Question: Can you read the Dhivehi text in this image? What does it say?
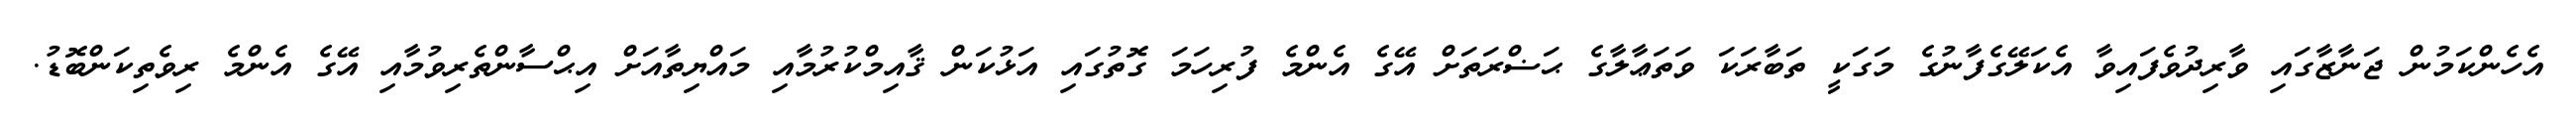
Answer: އެހެންކަމުން ޖަނާޒާގައި ވާރިދުވެފައިވާ އެކަލޭގެފާނުގެ މަގަކީ ތަބާރަކަ ވަތަޢާލާގެ ޙަޟްރަތަށް އޭގެ އެންމެ ފުރިހަމަ ގޮތުގައި އަޅުކަން ޤާއިމްކުރުމާއި މައްޔިތާއަށް އިޙްސާންތެރިވުމާއި އޭގެ އެންމެ ރިވެތިކަންބޮޑު.